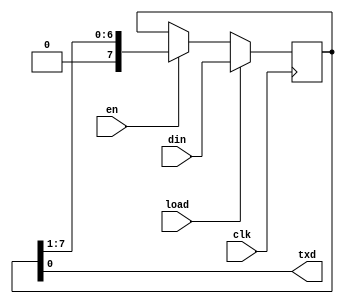
module txshift(load, clk, din, en, txd);
input load, en, clk;
input [7:0]din;
output txd;

reg [7:0] data;
wire [7:0] ndata;

always@(posedge clk)
begin
	if(load)
		data <= din;      //load the input value when load=1
	else
		data <= ndata;    //update the value of data
end

assign ndata = (en)? {1'b0,data[7:1]} : data;  //right shift data to output the lowest bit of din when en=1
assign txd = data[0]; //output the lowest bit of din

endmodule